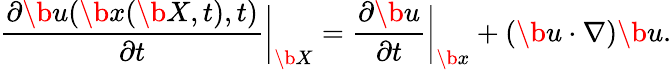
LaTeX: \frac{\partial\b u(\b x(\b X,t),t)}{\partial t}\bigg|_{\b X}=\frac{\partial\b u}{\partial t}\bigg|_{\b x}+(\b u\cdot\nabla)\b u.